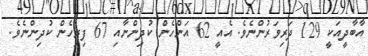
އާބާދީއަކީ 129 ދަރިވަރުންނެވެ. އެއީ 62 އަންހެން ކުދިންނާއި 67 ފިރިހެން ކުދިންނެވެ.